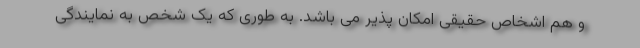
و هم اشخاص حقیقی امکان پذیر می باشد. به طوری که یک شخص به نمایندگی